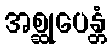
အစ္ဆုပေန္တံ